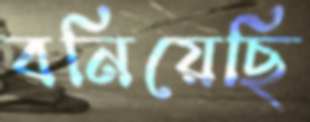
বনিয়েছি